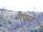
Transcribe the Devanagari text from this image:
गैधरा